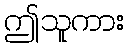
ဤသူကား